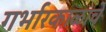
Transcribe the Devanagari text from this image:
गर्भारकाळाचे